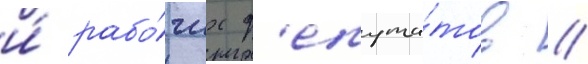
и́ рабо́чих д'епута́тов //